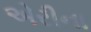
એરીના